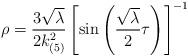
LaTeX: \begin{align*}\rho=\frac{3\sqrt{\lambda}}{2k_{(5)}^2}\left[\sin\left(\frac{\sqrt{\lambda}}{2}\tau\right)\right]^{-1}\end{align*}